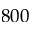
8 0 0